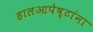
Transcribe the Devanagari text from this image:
हालआपेष्टांना